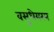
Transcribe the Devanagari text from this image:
वसुधेयस्य